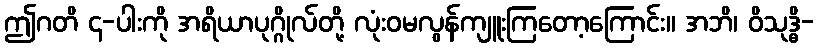
ဤဂတိ ၄-ပါးကို အရိယာပုဂ္ဂိုလ်တို့ လုံးဝမလွန်ကျူးကြတော့ကြောင်း။ အဘိ၊ ဝိသုဒ္ဓိ-